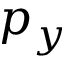
p _ { y }